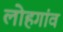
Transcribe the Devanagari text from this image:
लोहगांव